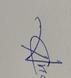
Signature authenticity: genuine